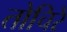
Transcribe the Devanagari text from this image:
तोचिरे